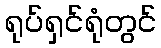
ရုပ်ရှင်ရုံတွင်